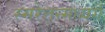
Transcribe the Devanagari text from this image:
स्मरेत्तन्मध्यगं